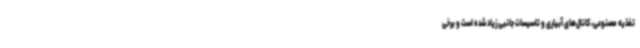
تغذیه مصنوعی، کانال‌های آبیاری و تاسیسات جانبی زیاد شده است و برخی